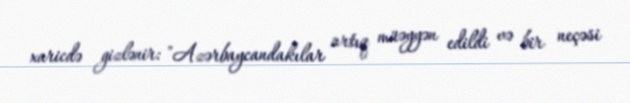
xaricdə gizlənir: "Azərbaycandakılar artıq müəyyən edildi və bir neçəsi